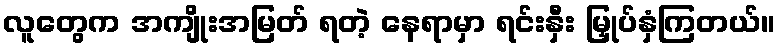
လူတွေက အကျိုးအမြတ် ရတဲ့ နေရာမှာ ရင်းနှီး မြှုပ်နှံကြတယ်။